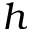
h